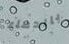
بالدماء